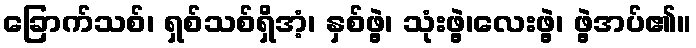
ခြောက်သစ်၊ ရှစ်သစ်ရှိအံ့၊ နှစ်ဖွဲ့၊ သုံးဖွဲ့၊လေးဖွဲ့၊ ဖွဲ့အပ်၏။